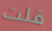
قلت